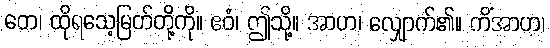
တေ၊ ထိုရသေ့မြတ်တို့ကို။ ဧဝံ၊ ဤသို့။ အာဟ၊ လျှောက်၏။ ကိံအာဟ၊